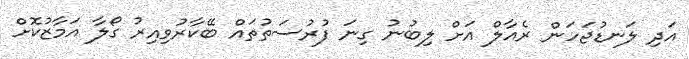
އަދި ލަނޑުޖަހަން ރެއާލް އަށް ލިބުނު ގިނަ ފުރުސަތުތައް ބޭކާރުވިއިރު ގޯލާ އަމާޒުކޮށް